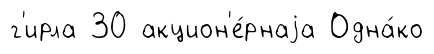
г'ирла 30 акцион'е́рнаjа Одна́ко